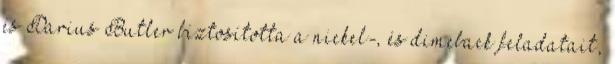
és Darius Butler biztosította a nickel-, és dimeback feladatait,